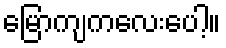
မြောကျကလေးပေါ့။